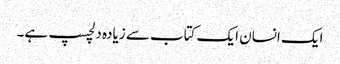
ایک انسان ایک کتاب سے زیادہ دلچسپ ہے۔